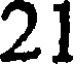
21